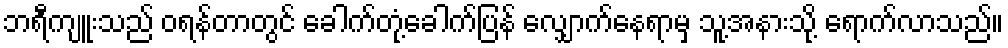
ဘရီကျူးသည် ဝရန်တာတွင် ခေါက်တုံ့ခေါက်ပြန် လျှောက်နေရာမှ သူ့အနားသို့ ရောက်လာသည်။